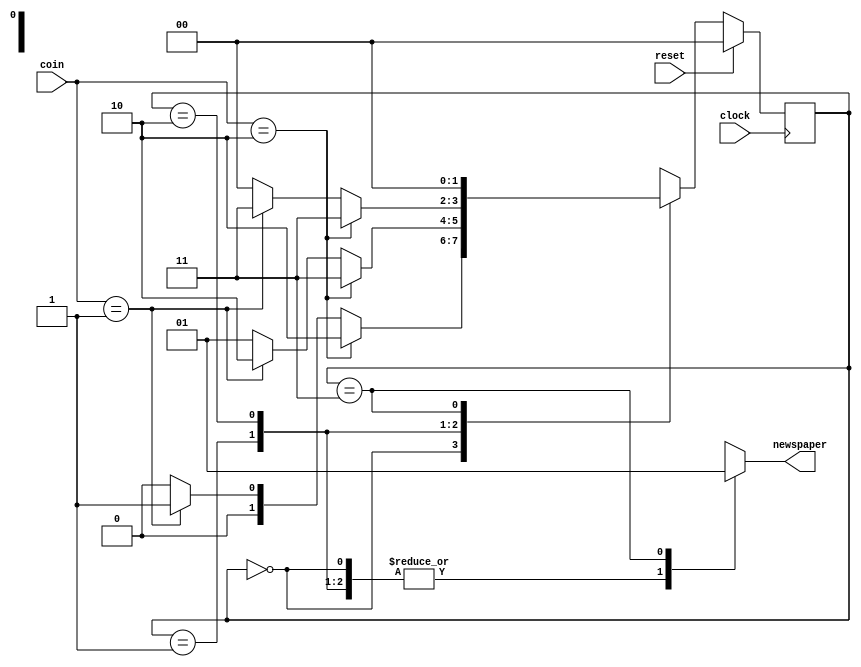
`timescale 1ns / 1ps
//////////////////////////////////////////////////////////////////////////////////
// 
// RTL Coder / Engineer: Amit Suryavanshi 
// Github Link: github.com/amitvsuryavanshi04 
// Design Name: Newspaper Vending Machine using Finite State Machine concept
// Module Name: newspaper_vm
// Project Name: NVM using FSM
// Target Devices: 
// Tool Versions: 
// Description: 
// 
// Dependencies: 
// 
// Revision:
// Revision 0.01 - File Created
// Additional Comments:
// 
//////////////////////////////////////////////////////////////////////////////////


module newspaper_vm(coin, clock, reset, newspaper);
  // Declaring the input and output ports
  input [1:0] coin;
  input clock;
  input reset;
  output newspaper;
  wire newspaper;

  // Internal FSM state_declarations
  wire [1:0] next_state;
  reg [1:0] pres_state;

  // State codings
  parameter s0 = 2'b00;
  parameter s5 = 2'b01;
  parameter s10 = 2'b10;
  parameter s15 = 2'b11;

  // Combinational logic used 
  function [2:0] fsm;
    input [1:0] fsm_coin;
    input [1:0] fsm_pres_state;

    reg fsm_newspaper;
    reg [1:0] fsm_next_state;

    begin 
      case (fsm_pres_state)
        s0: // state = s0
          begin
            if (fsm_coin == 2'b10)
              begin
                fsm_newspaper = 1'b0;
                fsm_next_state = s10;
              end
            else if (fsm_coin == 2'b01)
              begin
                fsm_newspaper = 1'b0;
                fsm_next_state = s5;
              end
            else
              begin 
                fsm_newspaper = 1'b0;
                fsm_next_state = s0;
              end
          end

        s5: // state = s5
          begin 
            if (fsm_coin == 2'b10)
              begin 
                fsm_newspaper = 1'b0;
                fsm_next_state = s15;
              end
            else if (fsm_coin == 2'b01)
              begin 
                fsm_newspaper = 1'b0;
                fsm_next_state = s10;
              end
            else
              begin
                fsm_newspaper = 1'b0;
                fsm_next_state = s5;
              end
          end

        s10: // state = s10
          begin 
            if (fsm_coin == 2'b10)
              begin
                fsm_newspaper = 1'b0;
                fsm_next_state = s15;
              end
            else if (fsm_coin == 2'b01)
              begin 
                fsm_newspaper = 1'b0;
                fsm_next_state = s15;
              end
            else 
              begin 
                fsm_newspaper = 1'b0;
                fsm_next_state = s0;
              end
          end

        s15: // state = s15
          begin
            fsm_newspaper = 1'b1;
            fsm_next_state = s0;
          end

      endcase
      fsm = {fsm_newspaper, fsm_next_state};
    end
  endfunction

  assign {newspaper, next_state} = fsm(coin, pres_state);

  // Clock the state flip-flops
  // Use synchronous reset
  always @(posedge clock)
  begin 
    if (reset == 1'b1)
      pres_state <= s0;
    else
      pres_state <= next_state;
  end
endmodule